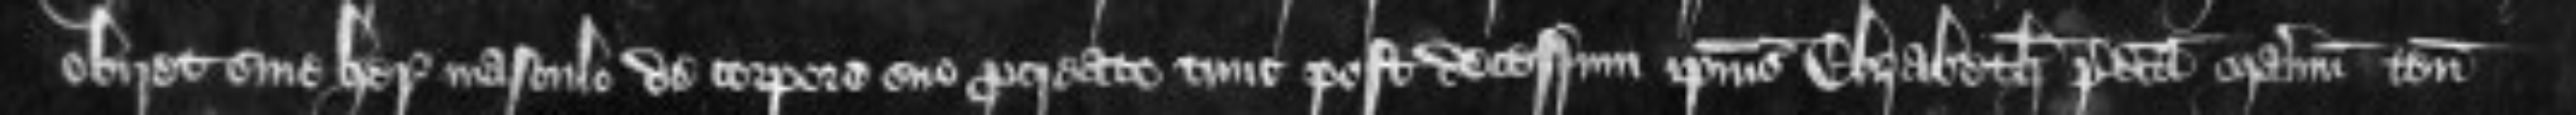
obiret sine herede masculo de corpore suo procreato tunc post decessum ipsius Elizabeth predicta manerium tenementa